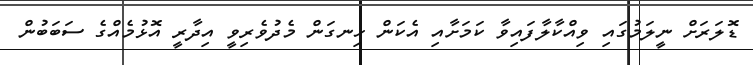
ޑޮލަރަށް ނީލަމުގައި ވިއްކާލާފައިވާ ކަމަށާއި އެކަން ހިނގަން މެދުވެރިވީ އިދާރީ އޮޅުމެއްގެ ސަބަބުން